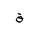
Letter: _qaf